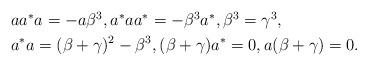
LaTeX: \begin{align*}\begin{aligned}&aa^*a=-a \beta^3, a^*aa^*=- \beta^3 a^*, \beta^3=\gamma^3, \\& a^*a=(\beta+\gamma)^2 -\beta^3, (\beta+ \gamma) a^*=0, a (\beta + \gamma)= 0.\end{aligned}\end{align*}